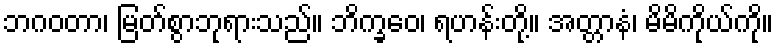
ဘဂဝတာ၊ မြတ်စွာဘုရားသည်။ ဘိက္ခဝေ၊ ရဟန်းတို့။ အတ္တာနံ၊ မိမိကိုယ်ကို။